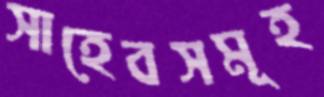
সাহেবসমূহ